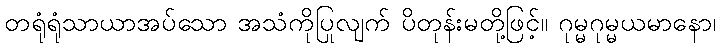
တရုံရုံသာယာအပ်သော အသံကိုပြုလျက် ပိတုန်းမတို့ဖြင့်။ ဂုမ္မဂုမ္မယမာနော၊